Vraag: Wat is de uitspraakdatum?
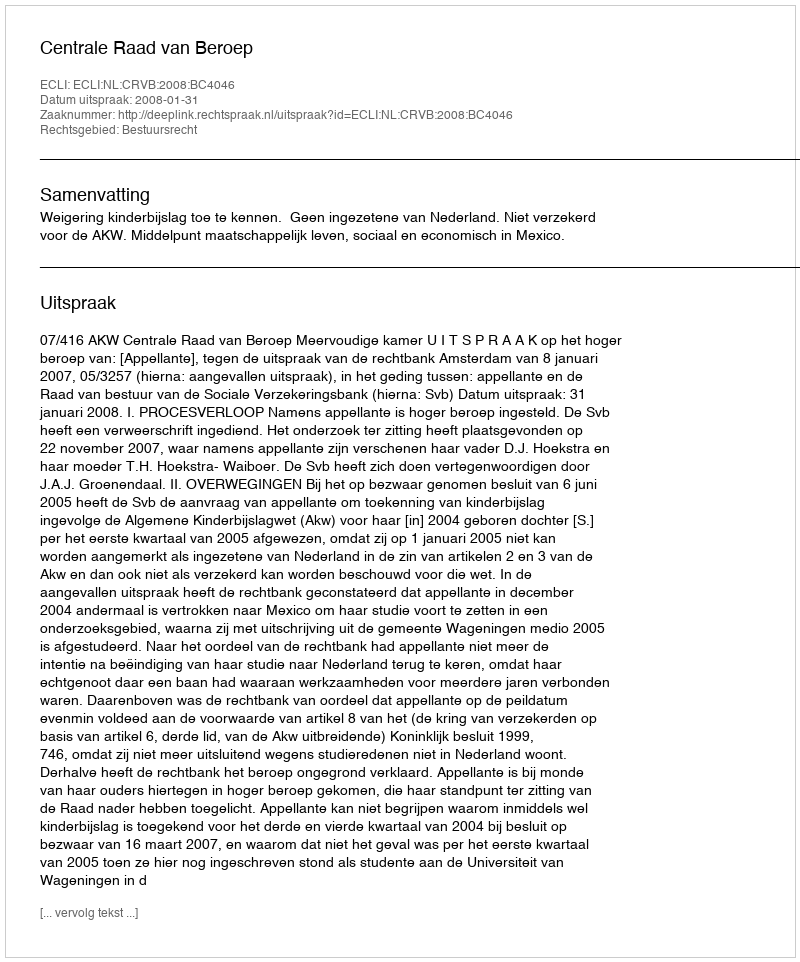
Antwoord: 2008-01-31